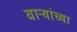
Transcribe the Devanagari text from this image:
वाऱ्यांच्या